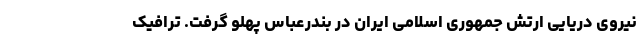
نیروی دریایی ارتش جمهوری اسلامی ایران در بندرعباس پهلو گرفت. ترافیک